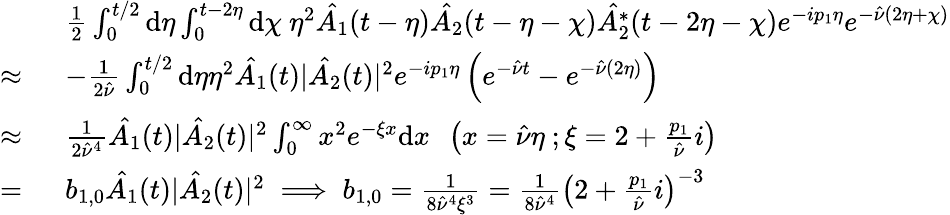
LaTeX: \begin{array}{rl}&{\frac{1}{2}\int_{0}^{t/2}\mathrm{d}\eta\int_{0}^{t-2\eta}\mathrm{d}\chi\ \eta^{2}\hat{A_{1}}(t-\eta)\hat{A_{2}}(t-\eta-\chi)\hat{A_{2}^{*}}(t-2\eta-\chi)e^{-ip_{1}\eta}e^{-\hat{\nu}(2\eta+\chi)}}\\ {\approx\ }&{-\frac{1}{2\hat{\nu}}\int_{0}^{t/2}\mathrm{d}\eta\eta^{2}\hat{A_{1}}(t)|\hat{A_{2}}(t)|^{2}e^{-ip_{1}\eta}\left(e^{-\hat{\nu}t}-e^{-\hat{\nu}(2\eta)}\right)}\\ {\approx\ }&{\frac{1}{2\hat{\nu}^{4}}\hat{A_{1}}(t)|\hat{A_{2}}(t)|^{2}\int_{0}^{\infty}x^{2}e^{-\xi x}\mathrm{d}x\ \ \left(x=\hat{\nu}\eta\ ;\xi=2+\frac{p_{1}}{\hat{\nu}}i\right)}\\ {=\ }&{b_{1,0}\hat{A_{1}}(t)|\hat{A_{2}}(t)|^{2}\implies b_{1,0}=\frac{1}{8\hat{\nu}^{4}\xi^{3}}=\frac{1}{8\hat{\nu}^{4}}\left(2+\frac{p_{1}}{\hat{\nu}}i\right)^{-3}}\end{array}